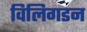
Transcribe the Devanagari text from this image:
विलिगडन